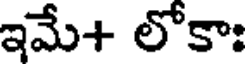
ఇమే+ లోకాః